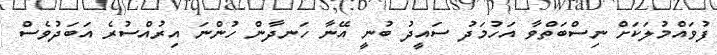
ފުވައްމުލަކަށް ނިސްބަތްވާ އަހުމަދު ސައީދު ބުނީ އޭނާ ހަނދާން ހުންނަ އިރުއްސުރެ އަބަދުވެސް